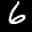
Label: 6